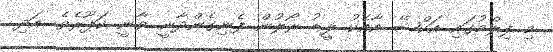
މި ފިލްމުގައި އަކްޝޭ އާއެކު ލީޑު ރޯލުން ފެނިގެންދާނީ ވާނީ ކަޕޫރެވެ. އަދި